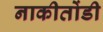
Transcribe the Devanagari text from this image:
नाकीतोंडी